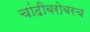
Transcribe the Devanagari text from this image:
चांदीबरोबरच